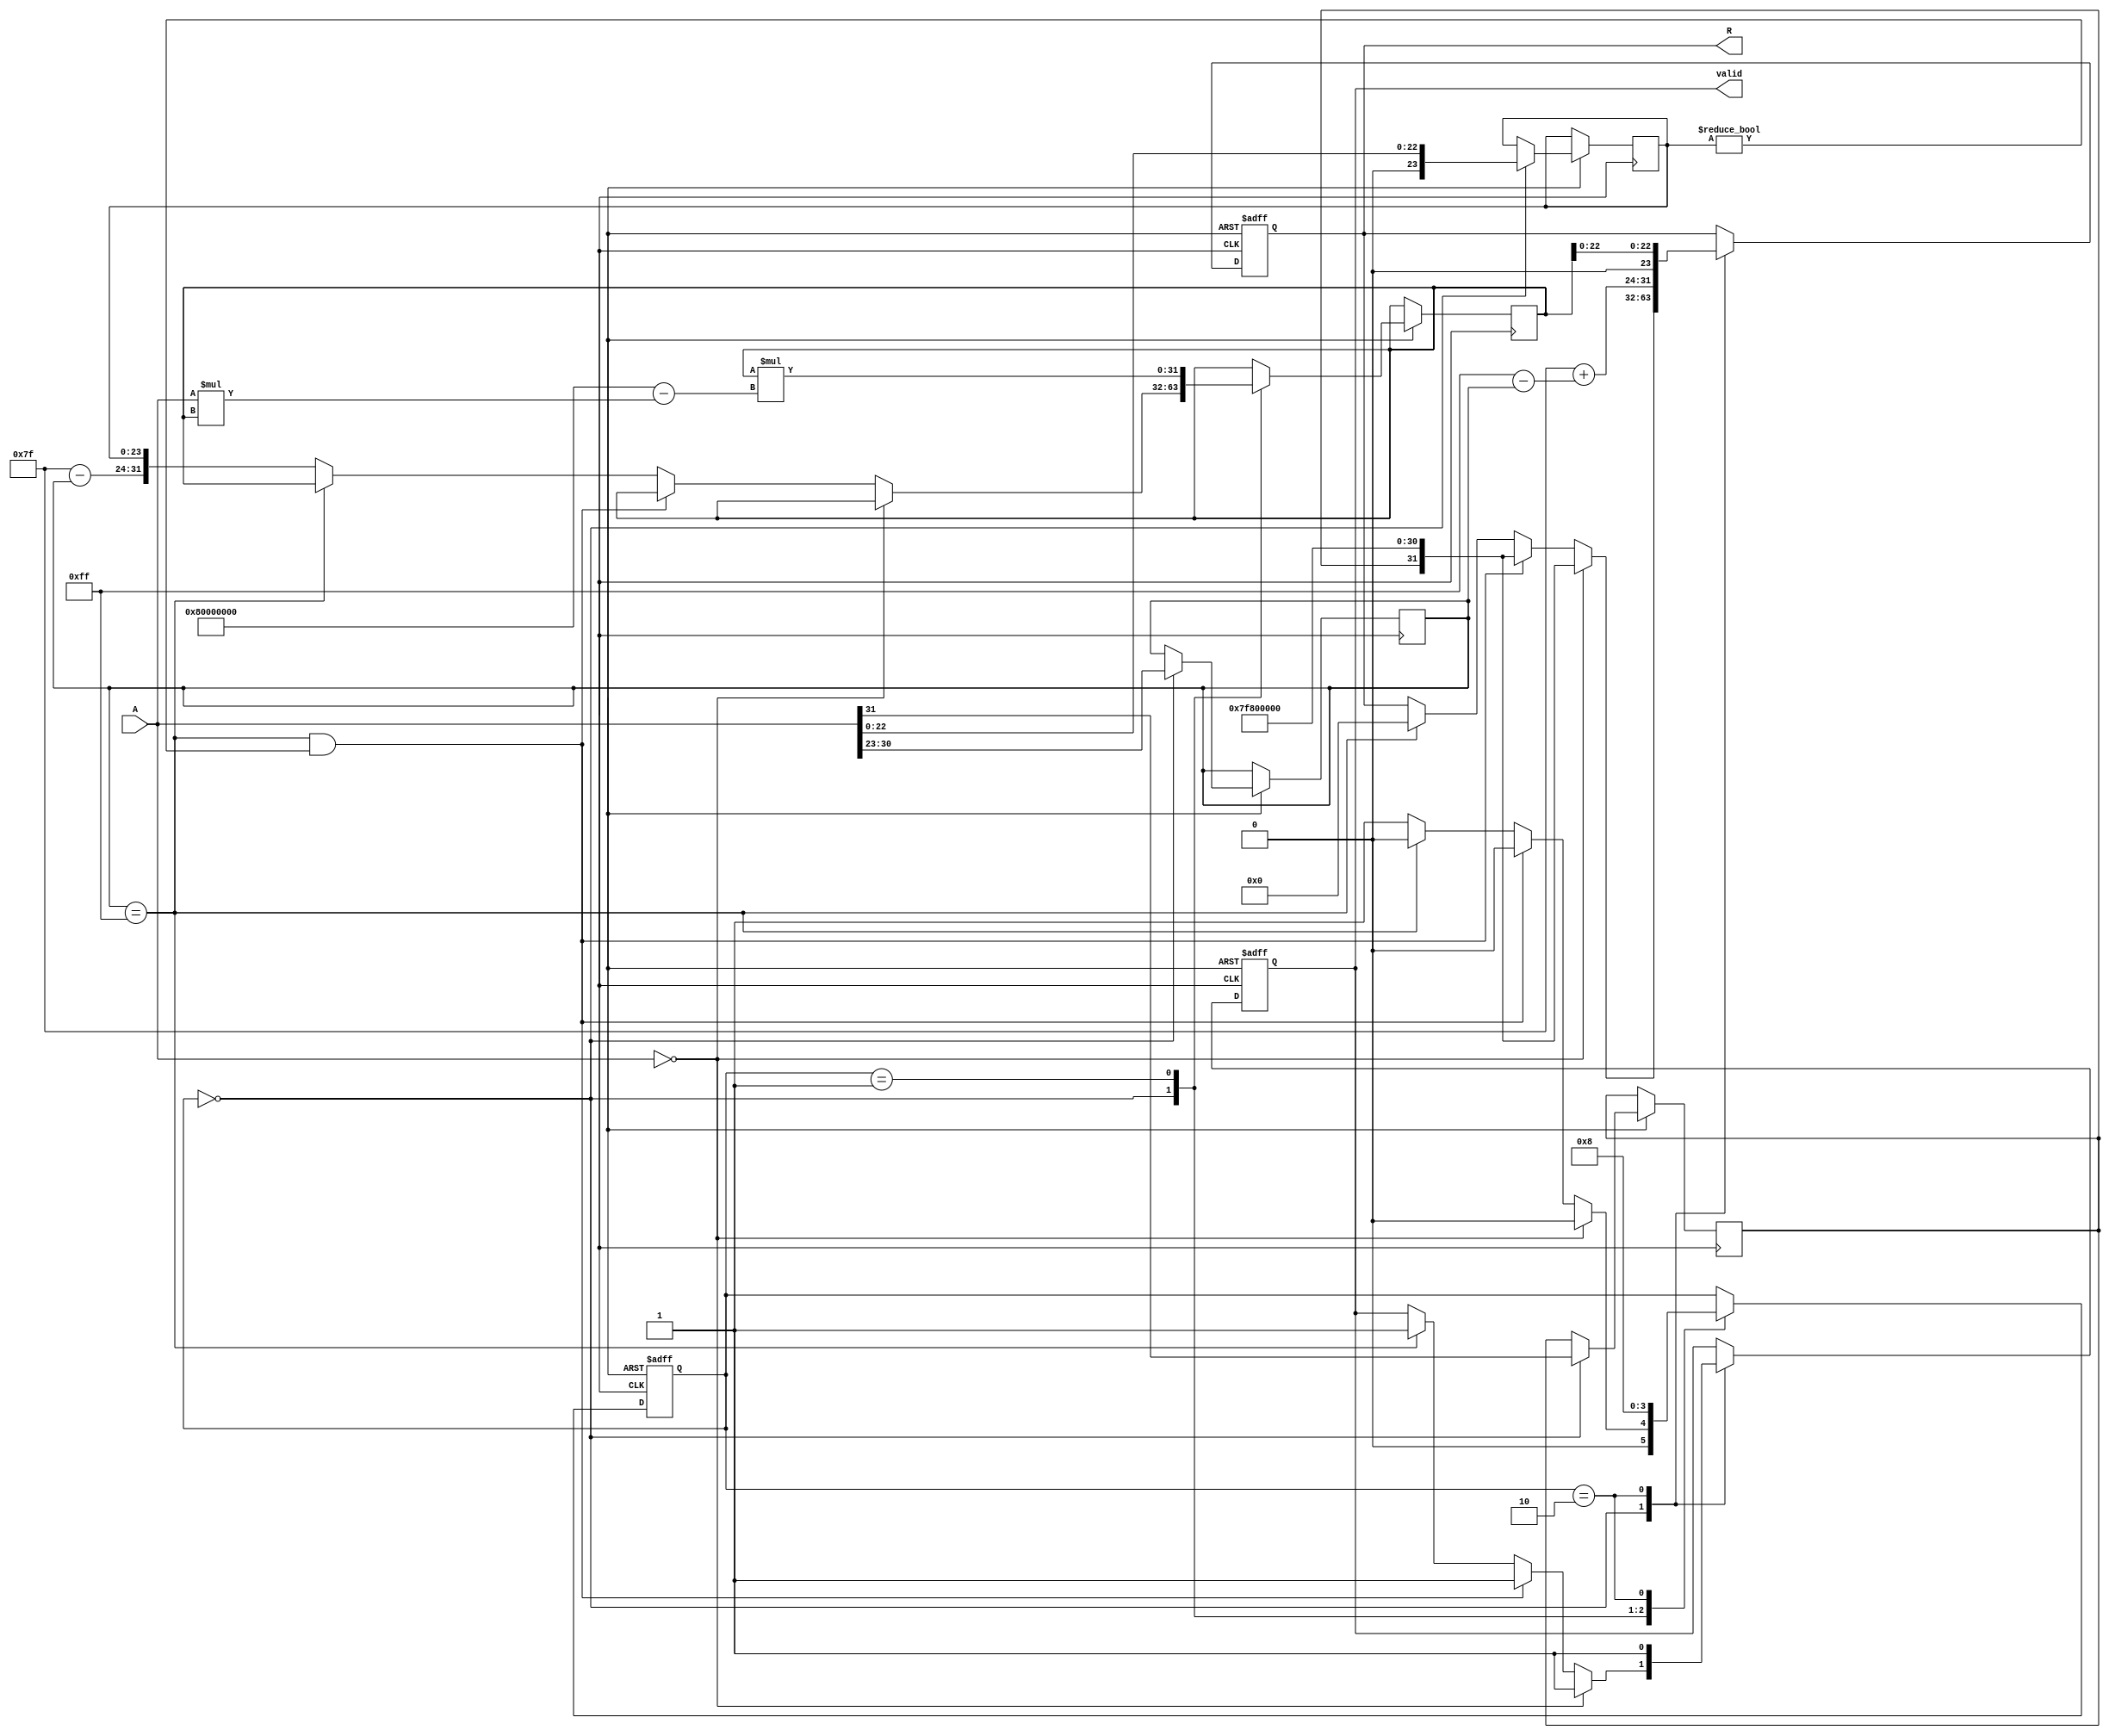
module floating_point_reciprocal (
    input wire [31:0] A,            // Input 32-bit floating-point number
    output reg [31:0] R,            // Output 32-bit floating-point reciprocal
    output reg valid                 // Output valid signal
);

    // Define constants
    localparam EXPONENT_BIAS = 8'd127;
    localparam MAX_ITER = 3;        // Number of iterations for Newton-Raphson

    // Internal signals
    reg [7:0] exponent;
    reg [23:0] mantissa;
    reg sign;
    reg [31:0] x;                   // Initial guess for 1/A
    reg [31:0] x_next;              // Next approximation
    reg [7:0] new_exponent;
    reg [23:0] new_mantissa;
    integer i;

    // State machine for computation
    reg [1:0] state;
    localparam IDLE = 2'b00, CALC = 2'b01, OUTPUT = 2'b10;

    always @(posedge clk or negedge reset) begin
        if (!reset) begin
            R <= 32'b0;
            valid <= 1'b0;
            state <= IDLE;
        end else begin
            case (state)
                IDLE: begin
                    // Parse input A
                    sign <= A[31];                // Extract sign bit
                    exponent <= A[30:23];         // Extract exponent
                    mantissa <= A[22:0];          // Extract mantissa

                    // Handle special cases
                    if (A == 32'b0) begin
                        R <= {sign, 8'd255, 23'b0}; // Output Infinity
                        valid <= 1'b1;
                        state <= IDLE;
                    end else if (exponent == 8'd255 && mantissa != 23'b0) begin
                        R <= {sign, 8'd255, 23'b0}; // Output NaN
                        valid <= 1'b1;
                        state <= IDLE;
                    end else if (exponent == 8'd255) begin
                        R <= 32'b0;                  // Input is infinity
                        valid <= 1'b1;
                        state <= IDLE;
                    end else begin
                        // Set up for Newton-Raphson iteration
                        x <= {1'b0, 8'd127 - exponent, mantissa}; // Initial guess
                        state <= CALC;
                    end
                end

                CALC: begin
                    // Perform Newton-Raphson iteration
                    for (i = 0; i < MAX_ITER; i = i + 1) begin
                        x_next = x * (32'h80000000 - A * x[31:0]); // x_next = x * (2 - A * x)
                        x <= x_next;
                    end
                    state <= OUTPUT;
                end

                OUTPUT: begin
                    // Normalize the result
                    new_exponent = 8'd127 + (8'd255 - exponent);
                    new_mantissa = x[22:0]; // Take mantissa from x

                    // Format output
                    R <= {sign, new_exponent, new_mantissa};
                    valid <= 1'b1;
                    state <= IDLE;
                end
            endcase
        end
    end

endmodule